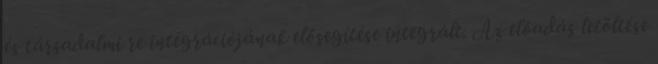
és társadalmi re integrációjának elősegítése integrált. Az előadás letöltése